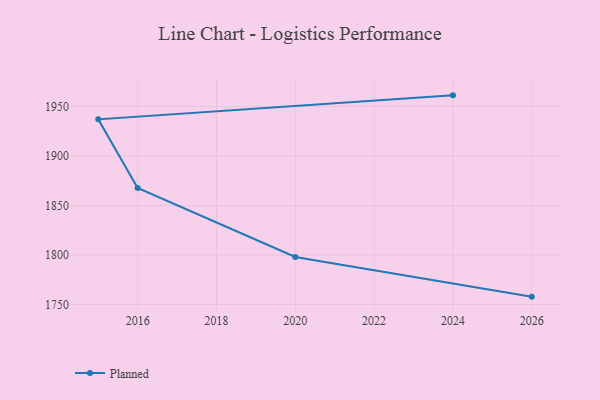
{"axis": {"x": "Year", "y": "Backlog"}, "legend": ["Planned"], "data": [{"x": "2026", "y": 1758.0, "type": "Planned"}, {"x": "2020", "y": 1798.1, "type": "Planned"}, {"x": "2016", "y": 1867.7, "type": "Planned"}, {"x": "2015", "y": 1937.1, "type": "Planned"}, {"x": "2024", "y": 1961.3, "type": "Planned"}]}